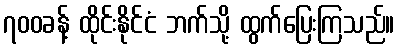
၇၀၀ခန့် ထိုင်းနိုင်ငံ ဘက်သို့ ထွက်ပြေးကြသည်။